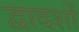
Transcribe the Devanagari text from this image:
द्वादशों